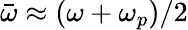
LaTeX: \bar{\omega}\approx(\omega+\omega_{p})/2